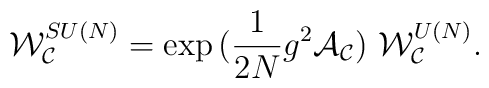
{\cal W}_{{\cal C}}^{SU(N)}=\exp \big( \frac{1}{2 N} g^2 {\cal A}_{{\cal C}} \big)~{\cal W}_{{\cal C}}^{U(N)}.